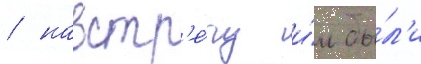
/ навстр'е́чу и́м бы́л'и